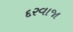
દરવાજા